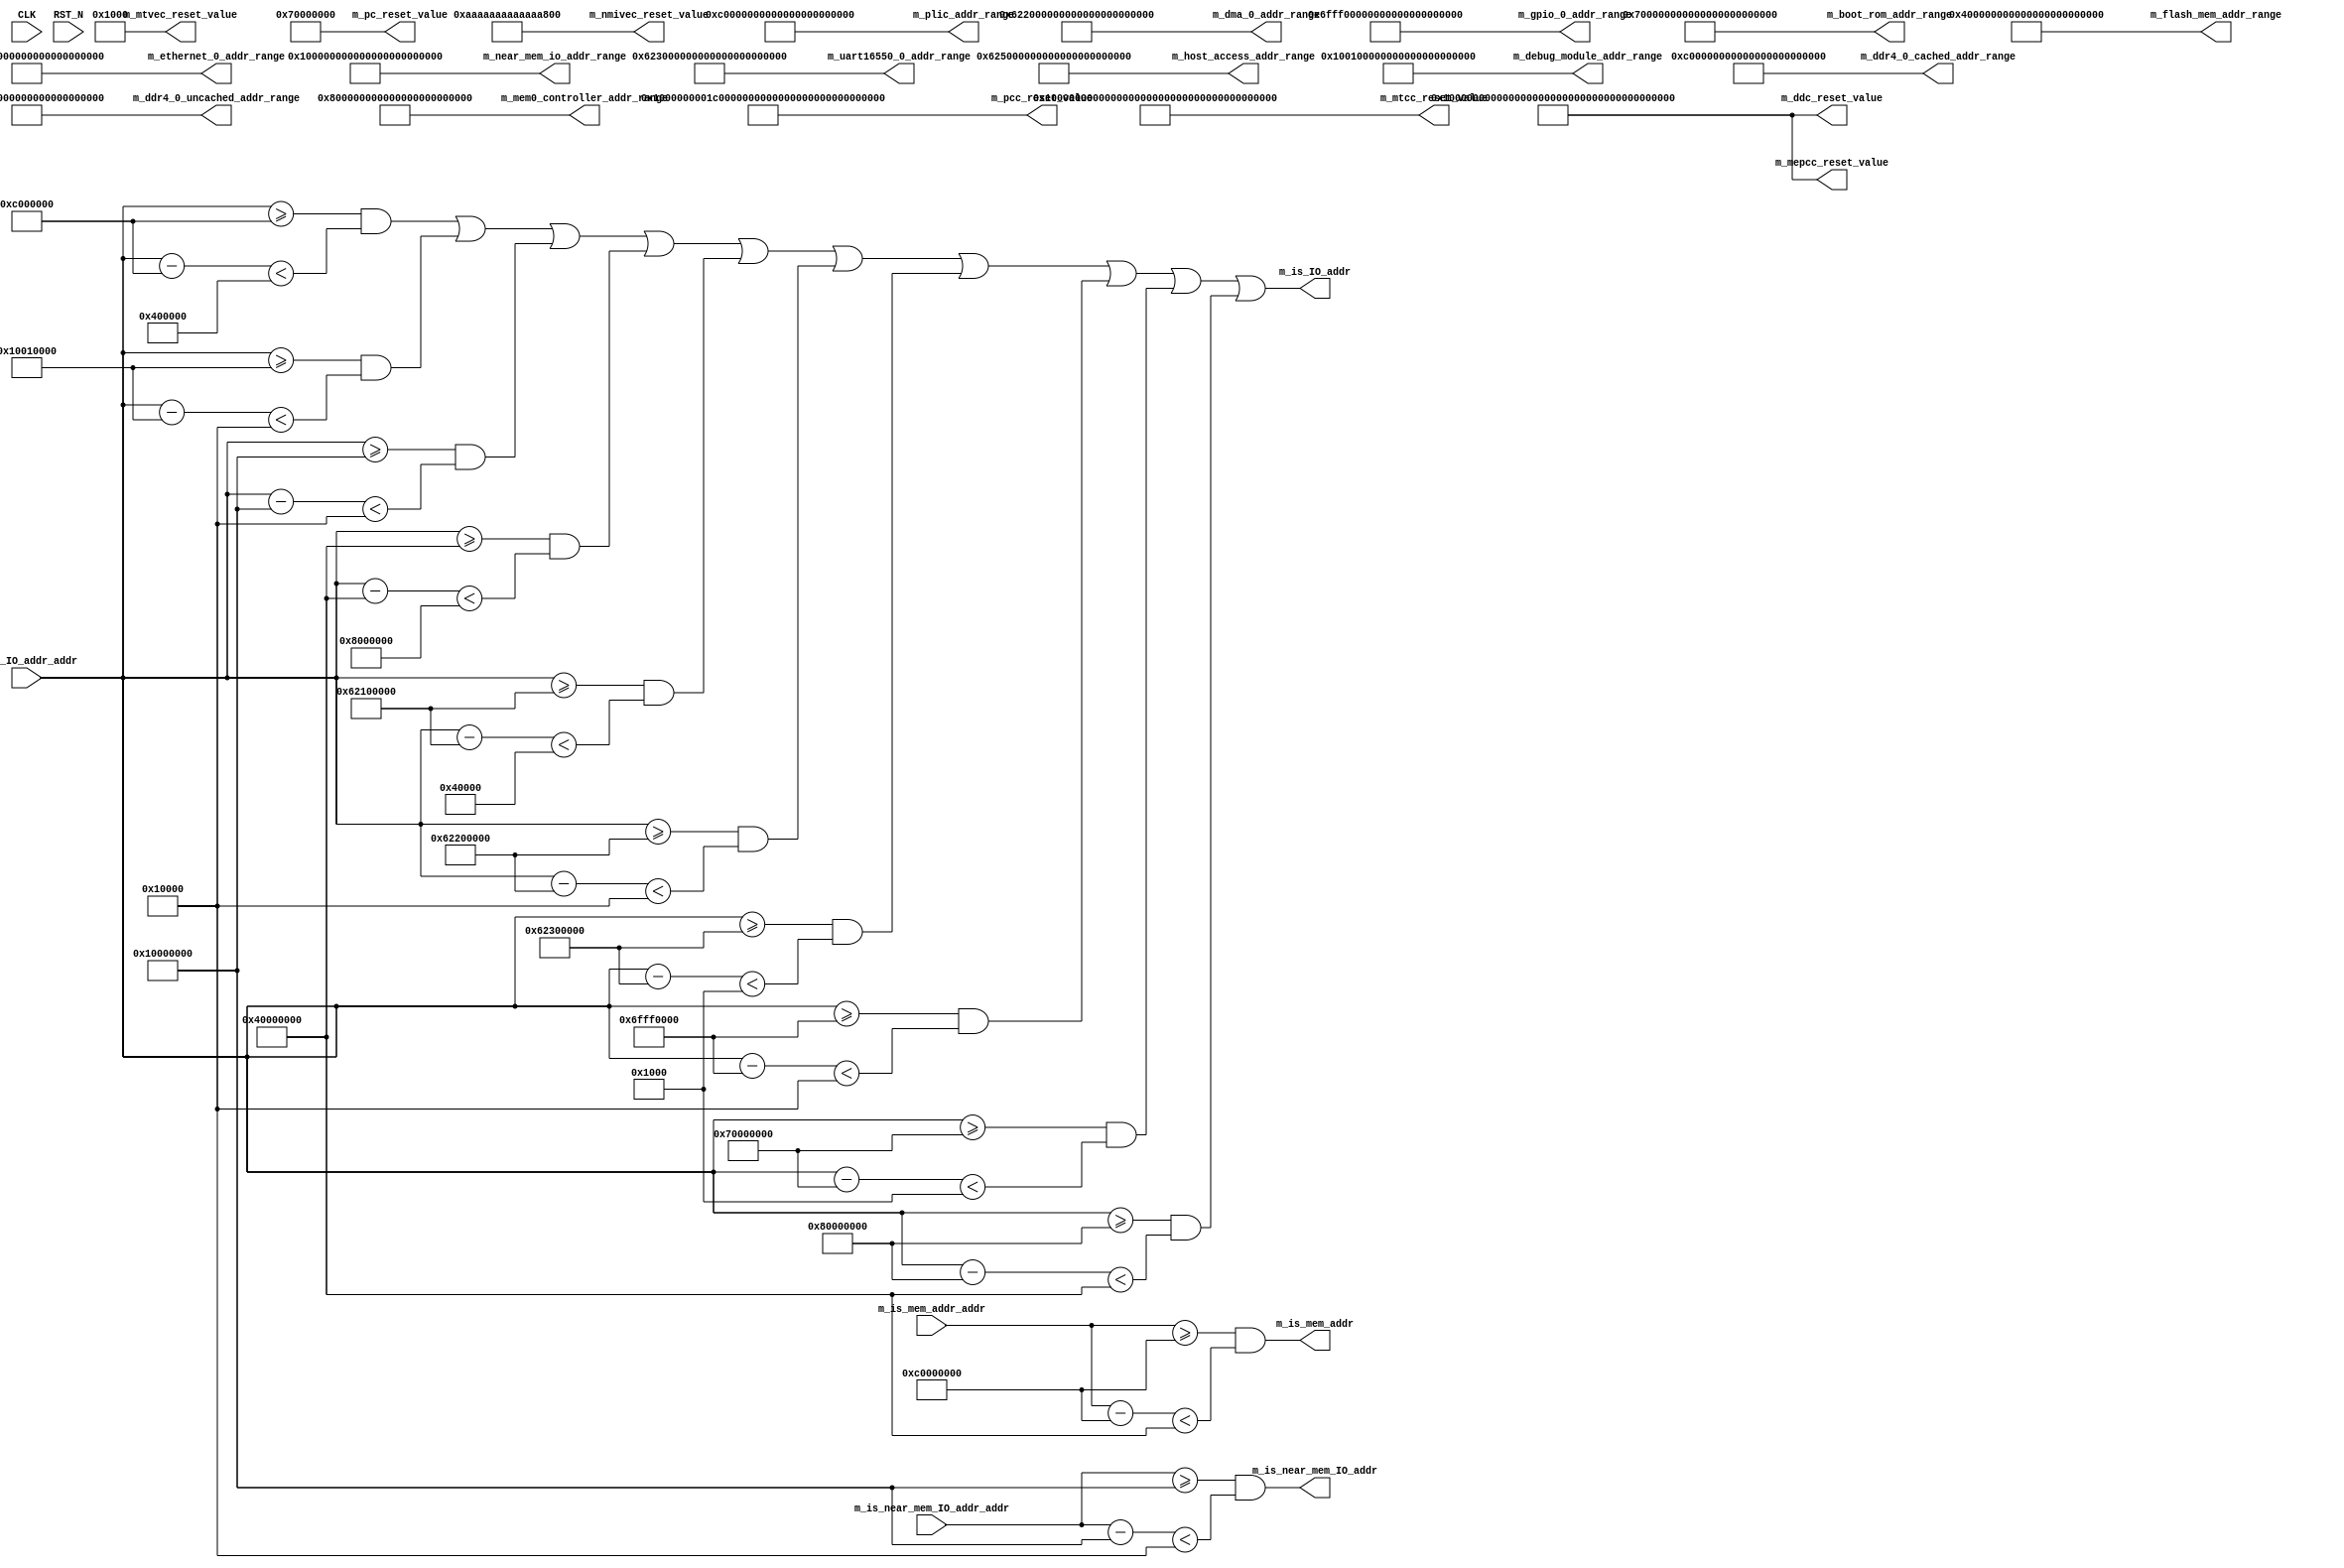
//
// Generated by Bluespec Compiler, version 2019.05.beta2 (build a88bf40db, 2019-05-24)
//
//
//
//
// Ports:
// Name                         I/O  size props
// m_plic_addr_range              O   128 const
// m_debug_module_addr_range      O   128 const
// m_near_mem_io_addr_range       O   128 const
// m_flash_mem_addr_range         O   128 const
// m_ethernet_0_addr_range        O   128 const
// m_dma_0_addr_range             O   128 const
// m_uart16550_0_addr_range       O   128 const
// m_gpio_0_addr_range            O   128 const
// m_boot_rom_addr_range          O   128 const
// m_ddr4_0_uncached_addr_range   O   128 const
// m_ddr4_0_cached_addr_range     O   128 const
// m_host_access_addr_range       O   128 const
// m_mem0_controller_addr_range   O   128 const
// m_is_mem_addr                  O     1
// m_is_IO_addr                   O     1
// m_is_near_mem_IO_addr          O     1
// m_pc_reset_value               O    64 const
// m_mtvec_reset_value            O    64 const
// m_nmivec_reset_value           O    64 const
// m_pcc_reset_value              O   153 const
// m_ddc_reset_value              O   153 const
// m_mtcc_reset_value             O   153 const
// m_mepcc_reset_value            O   153 const
// CLK                            I     1 unused
// RST_N                          I     1 unused
// m_is_mem_addr_addr             I    64
// m_is_IO_addr_addr              I    64
// m_is_near_mem_IO_addr_addr     I    64
//
// Combinational paths from inputs to outputs:
//   m_is_mem_addr_addr -> m_is_mem_addr
//   m_is_IO_addr_addr -> m_is_IO_addr
//   m_is_near_mem_IO_addr_addr -> m_is_near_mem_IO_addr
//
//

`ifdef BSV_ASSIGNMENT_DELAY
`else
  `define BSV_ASSIGNMENT_DELAY
`endif

`ifdef BSV_POSITIVE_RESET
  `define BSV_RESET_VALUE 1'b1
  `define BSV_RESET_EDGE posedge
`else
  `define BSV_RESET_VALUE 1'b0
  `define BSV_RESET_EDGE negedge
`endif

module mkSoC_Map(CLK,
		 RST_N,

		 m_plic_addr_range,

		 m_debug_module_addr_range,

		 m_near_mem_io_addr_range,

		 m_flash_mem_addr_range,

		 m_ethernet_0_addr_range,

		 m_dma_0_addr_range,

		 m_uart16550_0_addr_range,

		 m_gpio_0_addr_range,

		 m_boot_rom_addr_range,

		 m_ddr4_0_uncached_addr_range,

		 m_ddr4_0_cached_addr_range,

		 m_host_access_addr_range,

		 m_mem0_controller_addr_range,

		 m_is_mem_addr_addr,
		 m_is_mem_addr,

		 m_is_IO_addr_addr,
		 m_is_IO_addr,

		 m_is_near_mem_IO_addr_addr,
		 m_is_near_mem_IO_addr,

		 m_pc_reset_value,

		 m_mtvec_reset_value,

		 m_nmivec_reset_value,

		 m_pcc_reset_value,

		 m_ddc_reset_value,

		 m_mtcc_reset_value,

		 m_mepcc_reset_value);
  input  CLK;
  input  RST_N;

  // value method m_plic_addr_range
  output [127 : 0] m_plic_addr_range;

  // value method m_debug_module_addr_range
  output [127 : 0] m_debug_module_addr_range;

  // value method m_near_mem_io_addr_range
  output [127 : 0] m_near_mem_io_addr_range;

  // value method m_flash_mem_addr_range
  output [127 : 0] m_flash_mem_addr_range;

  // value method m_ethernet_0_addr_range
  output [127 : 0] m_ethernet_0_addr_range;

  // value method m_dma_0_addr_range
  output [127 : 0] m_dma_0_addr_range;

  // value method m_uart16550_0_addr_range
  output [127 : 0] m_uart16550_0_addr_range;

  // value method m_gpio_0_addr_range
  output [127 : 0] m_gpio_0_addr_range;

  // value method m_boot_rom_addr_range
  output [127 : 0] m_boot_rom_addr_range;

  // value method m_ddr4_0_uncached_addr_range
  output [127 : 0] m_ddr4_0_uncached_addr_range;

  // value method m_ddr4_0_cached_addr_range
  output [127 : 0] m_ddr4_0_cached_addr_range;

  // value method m_host_access_addr_range
  output [127 : 0] m_host_access_addr_range;

  // value method m_mem0_controller_addr_range
  output [127 : 0] m_mem0_controller_addr_range;

  // value method m_is_mem_addr
  input  [63 : 0] m_is_mem_addr_addr;
  output m_is_mem_addr;

  // value method m_is_IO_addr
  input  [63 : 0] m_is_IO_addr_addr;
  output m_is_IO_addr;

  // value method m_is_near_mem_IO_addr
  input  [63 : 0] m_is_near_mem_IO_addr_addr;
  output m_is_near_mem_IO_addr;

  // value method m_pc_reset_value
  output [63 : 0] m_pc_reset_value;

  // value method m_mtvec_reset_value
  output [63 : 0] m_mtvec_reset_value;

  // value method m_nmivec_reset_value
  output [63 : 0] m_nmivec_reset_value;

  // value method m_pcc_reset_value
  output [152 : 0] m_pcc_reset_value;

  // value method m_ddc_reset_value
  output [152 : 0] m_ddc_reset_value;

  // value method m_mtcc_reset_value
  output [152 : 0] m_mtcc_reset_value;

  // value method m_mepcc_reset_value
  output [152 : 0] m_mepcc_reset_value;

  // signals for module outputs
  wire [152 : 0] m_ddc_reset_value,
		 m_mepcc_reset_value,
		 m_mtcc_reset_value,
		 m_pcc_reset_value;
  wire [127 : 0] m_boot_rom_addr_range,
		 m_ddr4_0_cached_addr_range,
		 m_ddr4_0_uncached_addr_range,
		 m_debug_module_addr_range,
		 m_dma_0_addr_range,
		 m_ethernet_0_addr_range,
		 m_flash_mem_addr_range,
		 m_gpio_0_addr_range,
		 m_host_access_addr_range,
		 m_mem0_controller_addr_range,
		 m_near_mem_io_addr_range,
		 m_plic_addr_range,
		 m_uart16550_0_addr_range;
  wire [63 : 0] m_mtvec_reset_value, m_nmivec_reset_value, m_pc_reset_value;
  wire m_is_IO_addr, m_is_mem_addr, m_is_near_mem_IO_addr;

  // remaining internal signals
  wire [63 : 0] x__h226,
		x__h250,
		x__h274,
		x__h299,
		x__h324,
		x__h349,
		x__h374,
		x__h399,
		x__h424,
		x__h449,
		x__h474,
		x__h501;
  wire NOT_m_is_IO_addr_addr_ULT_0xC000000_AND_m_is_I_ETC___d21,
       NOT_m_is_IO_addr_addr_ULT_0xC000000_AND_m_is_I_ETC___d33,
       NOT_m_is_IO_addr_addr_ULT_0xC000000_AND_m_is_I_ETC___d45,
       NOT_m_is_IO_addr_addr_ULT_0xC000000_AND_m_is_I_ETC___d57;

  // value method m_plic_addr_range
  assign m_plic_addr_range = 128'h000000000C0000000000000000400000 ;

  // value method m_debug_module_addr_range
  assign m_debug_module_addr_range = 128'h00000000100100000000000000010000 ;

  // value method m_near_mem_io_addr_range
  assign m_near_mem_io_addr_range = 128'h00000000100000000000000000010000 ;

  // value method m_flash_mem_addr_range
  assign m_flash_mem_addr_range = 128'h00000000400000000000000008000000 ;

  // value method m_ethernet_0_addr_range
  assign m_ethernet_0_addr_range = 128'h00000000621000000000000000040000 ;

  // value method m_dma_0_addr_range
  assign m_dma_0_addr_range = 128'h00000000622000000000000000010000 ;

  // value method m_uart16550_0_addr_range
  assign m_uart16550_0_addr_range = 128'h00000000623000000000000000001000 ;

  // value method m_gpio_0_addr_range
  assign m_gpio_0_addr_range = 128'h000000006FFF00000000000000010000 ;

  // value method m_boot_rom_addr_range
  assign m_boot_rom_addr_range = 128'h00000000700000000000000000001000 ;

  // value method m_ddr4_0_uncached_addr_range
  assign m_ddr4_0_uncached_addr_range =
	     128'h00000000800000000000000040000000 ;

  // value method m_ddr4_0_cached_addr_range
  assign m_ddr4_0_cached_addr_range = 128'h00000000C00000000000000040000000 ;

  // value method m_host_access_addr_range
  assign m_host_access_addr_range = 128'h00000000625000000000000000000080 ;

  // value method m_mem0_controller_addr_range
  assign m_mem0_controller_addr_range =
	     128'h00000000800000000000000080000000 ;

  // value method m_is_mem_addr
  assign m_is_mem_addr =
	     m_is_mem_addr_addr >= 64'h00000000C0000000 &&
	     x__h226 < 64'h0000000040000000 ;

  // value method m_is_IO_addr
  assign m_is_IO_addr =
	     NOT_m_is_IO_addr_addr_ULT_0xC000000_AND_m_is_I_ETC___d57 ||
	     m_is_IO_addr_addr >= 64'h0000000080000000 &&
	     x__h474 < 64'h0000000040000000 ;

  // value method m_is_near_mem_IO_addr
  assign m_is_near_mem_IO_addr =
	     m_is_near_mem_IO_addr_addr >= 64'h0000000010000000 &&
	     x__h501 < 64'h0000000000010000 ;

  // value method m_pc_reset_value
  assign m_pc_reset_value = 64'h0000000070000000 ;

  // value method m_mtvec_reset_value
  assign m_mtvec_reset_value = 64'h0000000000001000 ;

  // value method m_nmivec_reset_value
  assign m_nmivec_reset_value = 64'hAAAAAAAAAAAAAAAA ;

  // value method m_pcc_reset_value
  assign m_pcc_reset_value = 153'h1000000001C0000000000FFFF1FFFFF44000000 ;

  // value method m_ddc_reset_value
  assign m_ddc_reset_value = 153'h100000000000000000000FFFF1FFFFF44000000 ;

  // value method m_mtcc_reset_value
  assign m_mtcc_reset_value = 153'h100000000000004000000FFFF1FFFFF44000000 ;

  // value method m_mepcc_reset_value
  assign m_mepcc_reset_value = 153'h100000000000000000000FFFF1FFFFF44000000 ;

  // remaining internal signals
  assign NOT_m_is_IO_addr_addr_ULT_0xC000000_AND_m_is_I_ETC___d21 =
	     m_is_IO_addr_addr >= 64'h000000000C000000 &&
	     x__h250 < 64'h0000000000400000 ||
	     m_is_IO_addr_addr >= 64'h0000000010010000 &&
	     x__h274 < 64'h0000000000010000 ||
	     m_is_IO_addr_addr >= 64'h0000000010000000 &&
	     x__h299 < 64'h0000000000010000 ;
  assign NOT_m_is_IO_addr_addr_ULT_0xC000000_AND_m_is_I_ETC___d33 =
	     NOT_m_is_IO_addr_addr_ULT_0xC000000_AND_m_is_I_ETC___d21 ||
	     m_is_IO_addr_addr >= 64'h0000000040000000 &&
	     x__h324 < 64'h0000000008000000 ||
	     m_is_IO_addr_addr >= 64'h0000000062100000 &&
	     x__h349 < 64'h0000000000040000 ;
  assign NOT_m_is_IO_addr_addr_ULT_0xC000000_AND_m_is_I_ETC___d45 =
	     NOT_m_is_IO_addr_addr_ULT_0xC000000_AND_m_is_I_ETC___d33 ||
	     m_is_IO_addr_addr >= 64'h0000000062200000 &&
	     x__h374 < 64'h0000000000010000 ||
	     m_is_IO_addr_addr >= 64'h0000000062300000 &&
	     x__h399 < 64'h0000000000001000 ;
  assign NOT_m_is_IO_addr_addr_ULT_0xC000000_AND_m_is_I_ETC___d57 =
	     NOT_m_is_IO_addr_addr_ULT_0xC000000_AND_m_is_I_ETC___d45 ||
	     m_is_IO_addr_addr >= 64'h000000006FFF0000 &&
	     x__h424 < 64'h0000000000010000 ||
	     m_is_IO_addr_addr >= 64'h0000000070000000 &&
	     x__h449 < 64'h0000000000001000 ;
  assign x__h226 = m_is_mem_addr_addr - 64'h00000000C0000000 ;
  assign x__h250 = m_is_IO_addr_addr - 64'h000000000C000000 ;
  assign x__h274 = m_is_IO_addr_addr - 64'h0000000010010000 ;
  assign x__h299 = m_is_IO_addr_addr - 64'h0000000010000000 ;
  assign x__h324 = m_is_IO_addr_addr - 64'h0000000040000000 ;
  assign x__h349 = m_is_IO_addr_addr - 64'h0000000062100000 ;
  assign x__h374 = m_is_IO_addr_addr - 64'h0000000062200000 ;
  assign x__h399 = m_is_IO_addr_addr - 64'h0000000062300000 ;
  assign x__h424 = m_is_IO_addr_addr - 64'h000000006FFF0000 ;
  assign x__h449 = m_is_IO_addr_addr - 64'h0000000070000000 ;
  assign x__h474 = m_is_IO_addr_addr - 64'h0000000080000000 ;
  assign x__h501 = m_is_near_mem_IO_addr_addr - 64'h0000000010000000 ;
endmodule  // mkSoC_Map